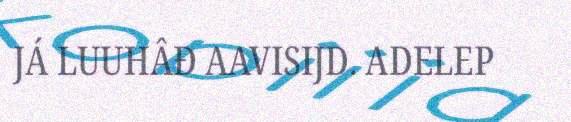
JÁ LUUHÂĐ AAVISIJD. ADELEP